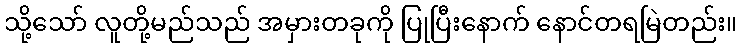
သို့သော် လူတို့မည်သည် အမှားတခုကို ပြုပြီးနောက် နောင်တရမြဲတည်း။